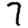
Digit: 7